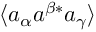
\langle a _ { \alpha } a ^ { \beta * } a _ { \gamma } \rangle